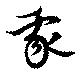
我